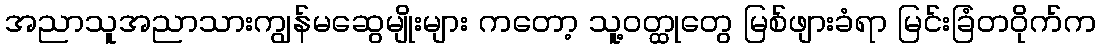
အညာသူအညာသားကျွန်မဆွေမျိုးများ ကတော့ သူ့ဝတ္ထုတွေ မြစ်ဖျားခံရာ မြင်းခြံတဝိုက်က